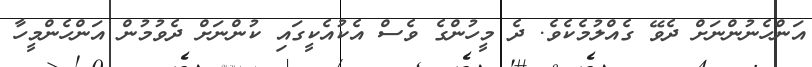
އަންހެނުންނަށް ދެވޭ ގެއްލުމެކެވެ. ދެ މީހުންގެ ވެސް އެކުއެކީގައި ކުންނަށް ދެވުމުން އަންހެންމީހާ